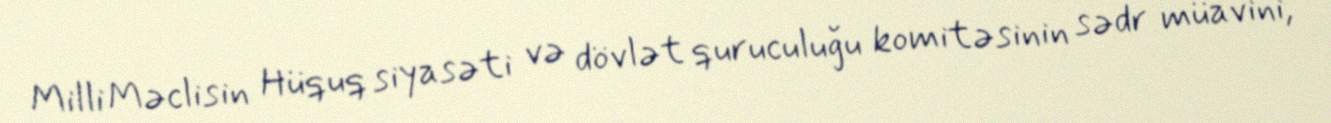
Milli Məclisin Hüquq siyasəti və dövlət quruculuğu komitəsinin sədr müavini,